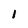
Character: 1